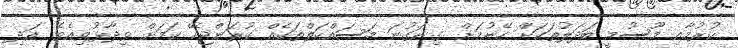
ކުރުމާއި މޫސުމީ ބަދަލުތަކަށް ހޭނުމަށް ގިނަގުނަ މަސައްކަތްތަކެއް ކުރަންޖެހޭ ކަމަށް ވިދާޅުވިއެވެ. އަދި